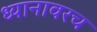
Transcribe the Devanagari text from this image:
ध्यानावरच